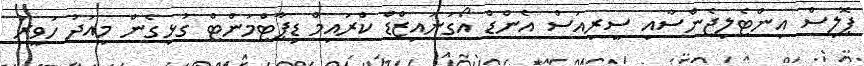
ޕޮލިސް އިންޓެލިޖެންސާއި ސީރިއަސް އެންޑް އޯގަނައިޒްޑް ކްރައިމް ޑިޕާޓްމަންޓް ގުޅިގެން މިއަދު ހަވީރު